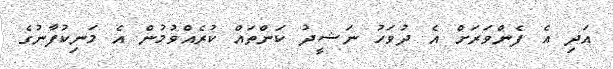
އަދި އެ ފެންވަރަށް އެ ދުވަހު ނަޝީދު ކަންތައް ކުރެއްވުމުން އެ މަނިކުފާނުގެ